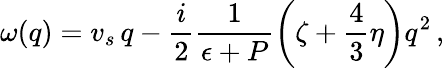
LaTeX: \omega(q)=v_{s}\, q-\frac i2\frac 1{\epsilon+P}\left(\zeta+\frac 43\eta\right)q^{2}\, ,